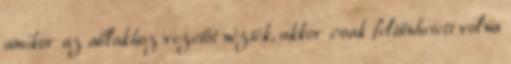
amikor az ablakhoz vezetőt nézték, akkor csak feltűnhetett volna